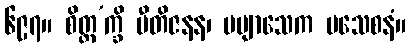
၆၉၇။ စိတ္တ’က္ခိ ပီတိဇနန၊ မဗျာသေက မသေစနံ။